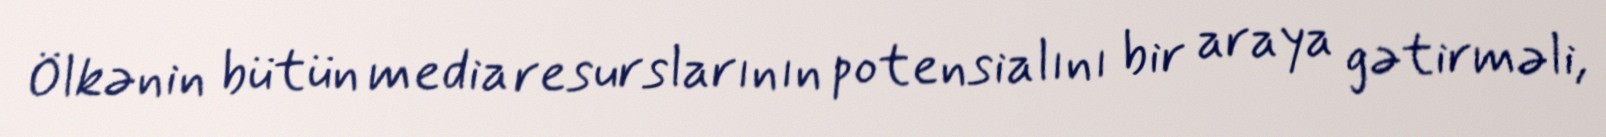
Ölkənin bütün media resurslarının potensialını bir araya gətirməli,